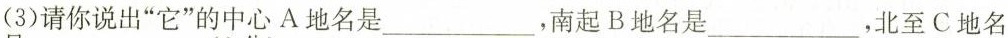
(3)请你说出”它”的中心A地名是___，南起B地名是_，北至C地名